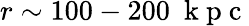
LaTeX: r\sim 100-200~\mathrm{~k~p~c~}